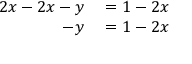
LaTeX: \begin{array} { r l } { 2 x - 2 x - y } & { { } = 1 - 2 x } \\ { - y } & { { } = 1 - 2 x } \end{array}